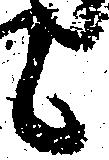
候